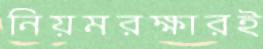
নিয়মরক্ষারই